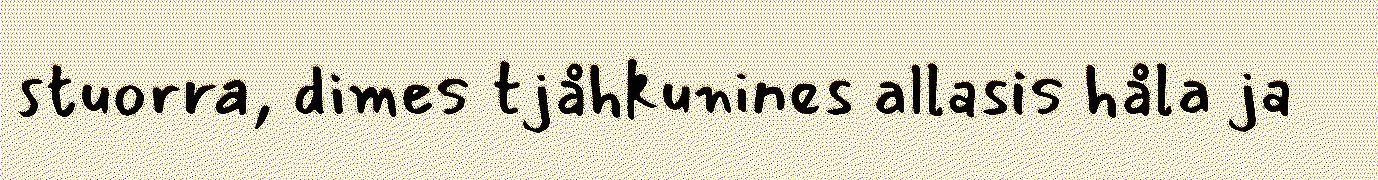
stuorra, dimes tjåhkunines allasis håla ja